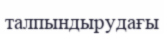
талпындырудағы